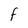
Character: F